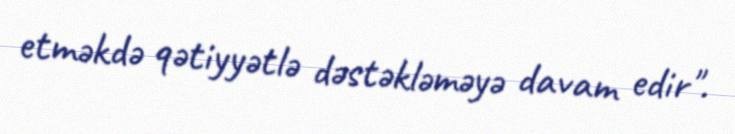
etməkdə qətiyyətlə dəstəkləməyə davam edir".